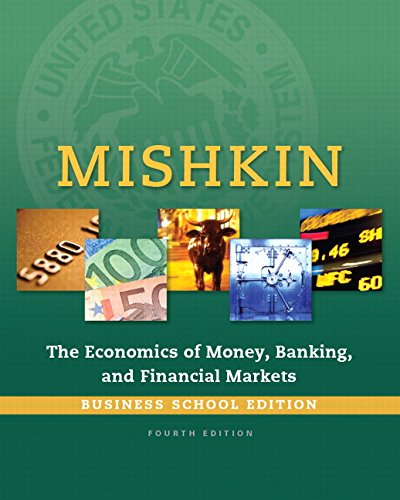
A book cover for Economics of Money, Banking and Financial Markets, The, Business School Edition (4th Edition) (The Pearson Series in Economics); Frederic S. Mishkin; Business & Money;